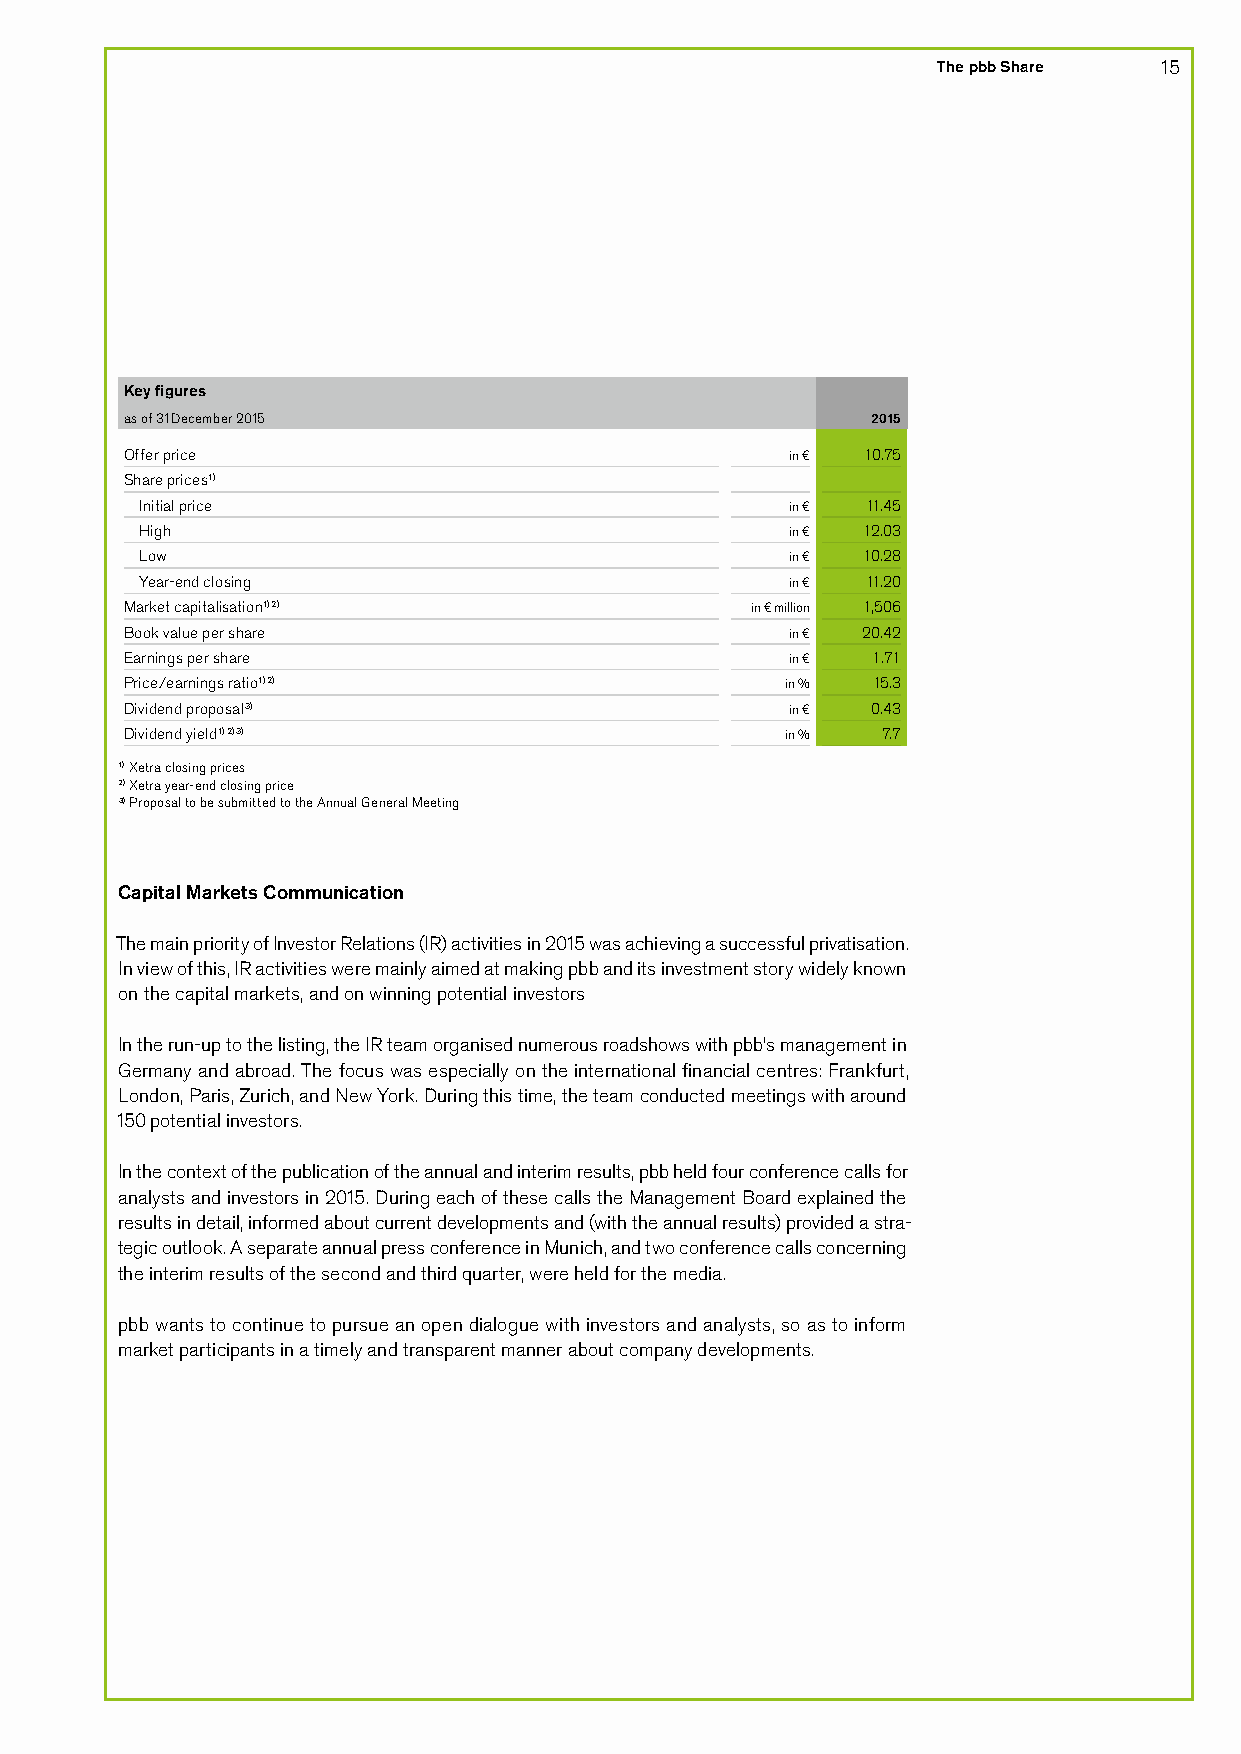
The pbb Share  15
 Key figures
 as of 31 December 2015                            2015
 Offer price                                 in € 10.75
 Share prices1)
 Initial price                              in € 11.45
 High                                       in € 12.03
 Low                                        in € 10.28
 Year-end closing                           in € 11.20
 Market capitalisation1) 2)                in € million 1,506
 Book value per share                        in € 20.42
 Earnings per share                          in €  1.71
 Price/earnings ratio1) 2)                   in %  15.3
 Dividend proposal3)                         in €  0.43
 Dividend yield 1) 2) 3)                     in %  7.7
 1) Xetra closing prices
 2) Xetra year-end closing price
 3) Proposal to be submitted to the Annual General Meeting
 Capital Markets Communication
 The main priority of Investor Relations (IR) activities in 2015 was achieving a successful privatisation.
 In view of this, IR activities were mainly aimed at making pbb and its investment story widely known
 on the capital markets, and on winning potential investors
 In the run-up to the listing, the IR team organised numerous roadshows with pbb’s management in
 Germany and abroad. The focus was especially on the international financial centres: Frankfurt,
 London, Paris, Zurich, and New York. During this time, the team conducted meetings with around
 150 potential investors.
 In the context of the publication of the annual and interim results, pbb held four conference calls for
 analysts and investors in 2015. During each of these calls the Management Board explained the
 results in detail, informed about current developments and (with the annual results) provided a stra-
 tegic outlook. A separate annual press conference in Munich, and two conference calls concerning
 the interim results of the second and third quarter, were held for the media.
 pbb wants to continue to pursue an open dialogue with investors and analysts, so as to inform
 market participants in a timely and transparent manner about company developments.